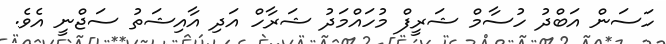
ހަސަން އަބްދު ހުސާމް ޝަރީފް މުހައްމަދު ޝަރާހް އަދި އާއިޝަތު ސަޖްނީ އެވެ.